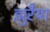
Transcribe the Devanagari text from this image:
झुरैया